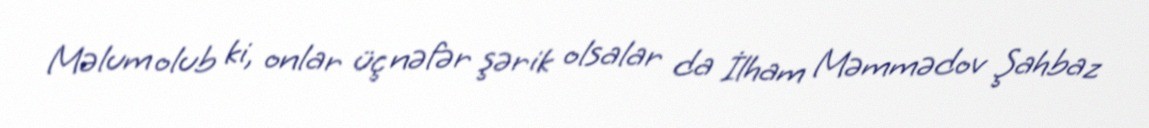
Məlum olub ki, onlar üç nəfər şərik olsalar da İlham Məmmədov Şahbaz